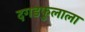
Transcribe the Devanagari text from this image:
दगडफुलाला